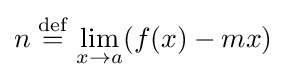
n\;{\stackrel {\text{def}}{=}}\,\lim _{x\rightarrow a}(f(x)-mx)